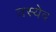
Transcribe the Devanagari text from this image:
तस्येव